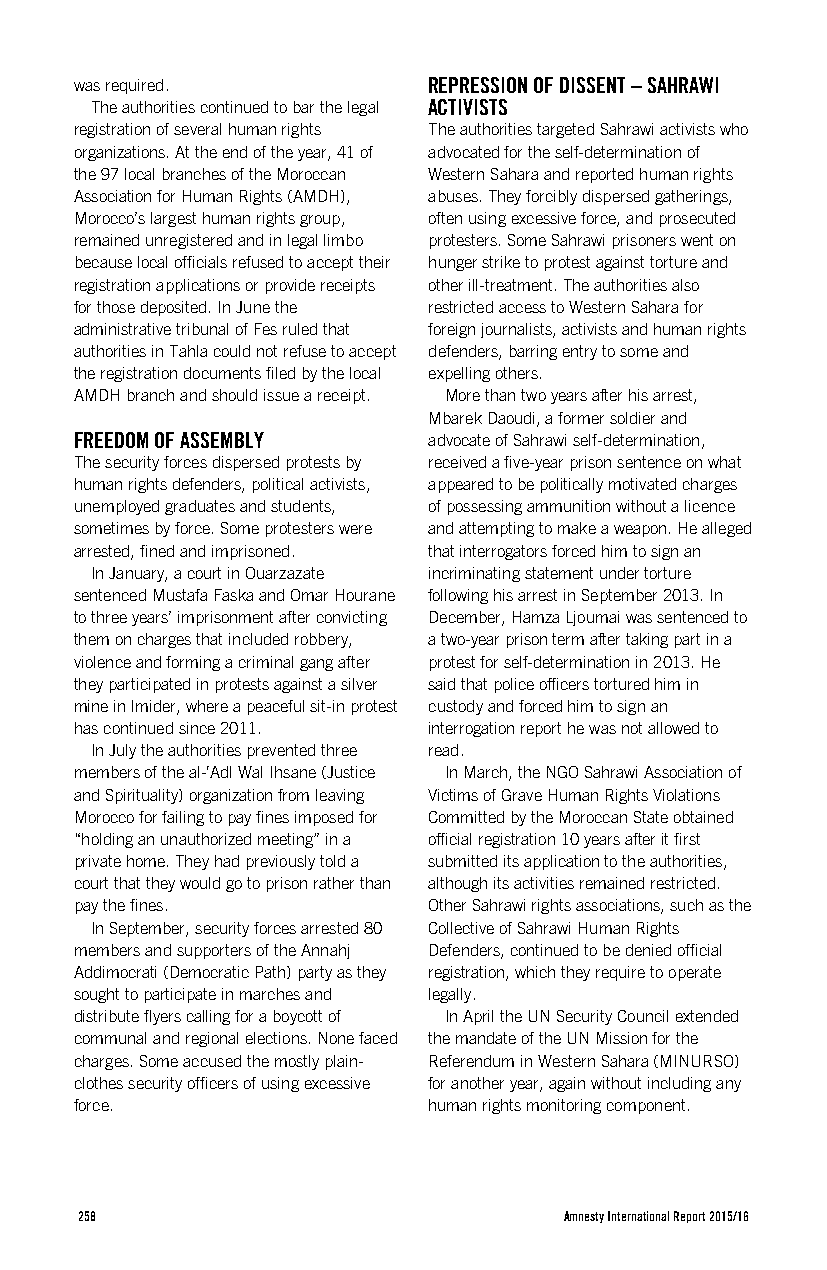
was required.          REPRESSION OF DISSENT – SAHRAWI
 The authorities continued to bar the legal ACTIVISTS
 registration of several human rights The authorities targeted Sahrawi activists who
 organizations. At the end of the year, 41 of advocated for the self-determination of
 the 97 local branches of the Moroccan Western Sahara and reported human rights
 Association for Human Rights (AMDH), abuses. They forcibly dispersed gatherings,
 Morocco’s largest human rights group, often using excessive force, and prosecuted
 remained unregistered and in legal limbo protesters. Some Sahrawi prisoners went on
 because local officials refused to accept their hunger strike to protest against torture and
 registration applications or provide receipts other ill-treatment. The authorities also
 for those deposited. In June the restricted access to Western Sahara for
 administrative tribunal of Fes ruled that foreign journalists, activists and human rights
 authorities in Tahla could not refuse to accept defenders, barring entry to some and
 the registration documents filed by the local expelling others.
 AMDH branch and should issue a receipt. More than two years after his arrest,
 Mbarek Daoudi, a former soldier and
 FREEDOM OF ASSEMBLY    advocate of Sahrawi self-determination,
 The security forces dispersed protests by received a five-year prison sentence on what
 human rights defenders, political activists, appeared to be politically motivated charges
 unemployed graduates and students, of possessing ammunition without a licence
 sometimes by force. Some protesters were and attempting to make a weapon. He alleged
 arrested, fined and imprisoned. that interrogators forced him to sign an
 In January, a court in Ouarzazate incriminating statement under torture
 sentenced Mustafa Faska and Omar Hourane following his arrest in September 2013. In
 to three years’ imprisonment after convicting December, Hamza Ljoumai was sentenced to
 them on charges that included robbery, a two-year prison term after taking part in a
 violence and forming a criminal gang after protest for self-determination in 2013. He
 they participated in protests against a silver said that police officers tortured him in
 mine in Imider, where a peaceful sit-in protest custody and forced him to sign an
 has continued since 2011. interrogation report he was not allowed to
 In July the authorities prevented three read.
 members of the al-‘Adl Wal Ihsane (Justice In March, the NGO Sahrawi Association of
 and Spirituality) organization from leaving Victims of Grave Human Rights Violations
 Morocco for failing to pay fines imposed for Committed by the Moroccan State obtained
 “holding an unauthorized meeting” in a official registration 10 years after it first
 private home. They had previously told a submitted its application to the authorities,
 court that they would go to prison rather than although its activities remained restricted.
 pay the fines.         Other Sahrawi rights associations, such as the
 In September, security forces arrested 80 Collective of Sahrawi Human Rights
 members and supporters of the Annahj Defenders, continued to be denied official
 Addimocrati (Democratic Path) party as they registration, which they require to operate
 sought to participate in marches and legally.
 distribute flyers calling for a boycott of In April the UN Security Council extended
 communal and regional elections. None faced the mandate of the UN Mission for the
 charges. Some accused the mostly plain- Referendum in Western Sahara (MINURSO)
 clothes security officers of using excessive for another year, again without including any
 force.                 human rights monitoring component.
 258                             Amnesty International Report 2015/16